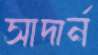
সাদার্ন